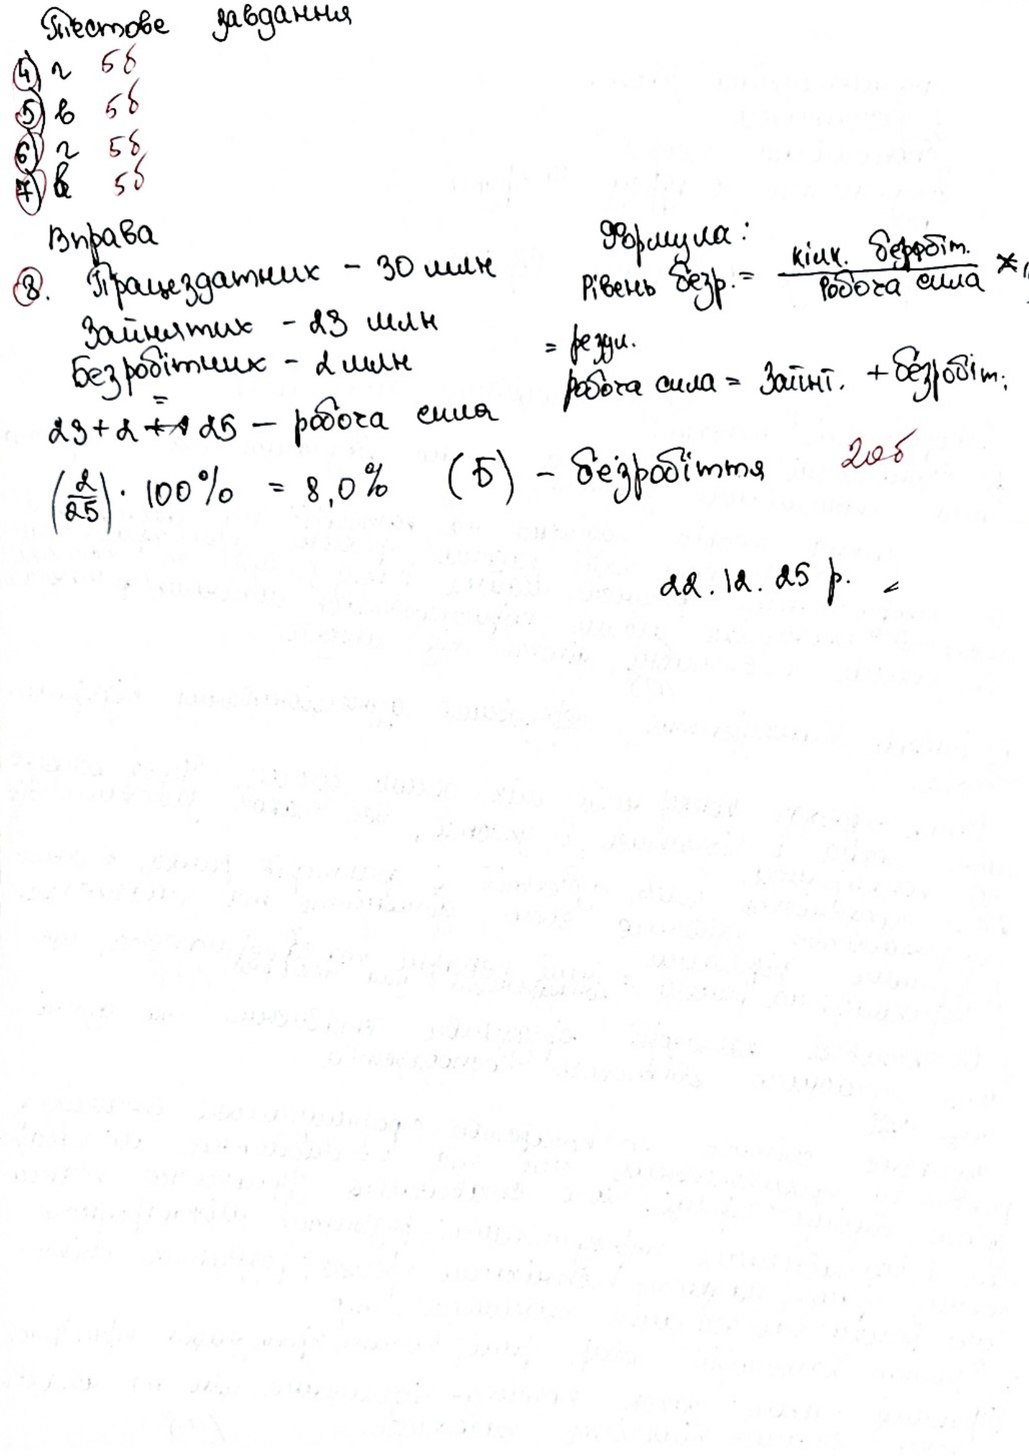
Тестове завдання
4) г 5б
5) в 5б
6) г 5б
7) в 5б
Формула:
Вправа
\text{Рівень безр.} = \frac{\text{кільк. безробіт.}}{\text{робоча сила}} * 100\%
8. Працездатних - 30 млн
Зайнятих - 23 млн
= \text{резул.} \\ \text{робоча сила} = \text{Зайнят.} + \text{безробіт.}
Безробітних - 2 млн
23 + 2 ~~+ А~~{=} 25 - робоча сила
20 б
(2/25) ‧ 100% = 8,0% (Б) - безробіття
22.12.25 р.